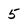
Character: 5